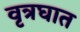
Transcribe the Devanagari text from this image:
वृत्रघात